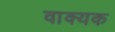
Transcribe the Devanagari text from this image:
वाक्यक